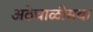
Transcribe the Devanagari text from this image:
अठेचाळीसवा